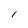
Character: l